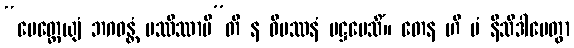
“မေတ္တေယျံ ဘဂဝန္တံ ပဿိဿာမီ”တိ န ဝိပဿနံ ပဋ္ဌပေသိံ။ တေန ဟိ မံ နိသီဒါပေတွာ